system: You are a helpful assistant.
user:
Analyze the provided spectrum to determine if it is a **Carbon Star (C-type)**.

- **Key Visual Indicators of Carbon Star:**
    - **(Primary):** Strong molecular absorption from **C₂ (diatomic carbon) "Swan Bands."** This is the **defining feature** of a carbon star.
        - **(Key Bandheads):** Sharp absorption edges are visible at approximately $5635$ Å, $5165$ Å (the strongest band), and $4737$ Å.
        - **(Line Profile):** Creates a distinct **"saw-tooth"** pattern. The key morphology is a sharp, steep bandhead on the **red (long-wavelength) side**, which then gradually tapers off (i.e., flux recovers) towards the **blue (short-wavelength) side**. *(This is the direct opposite of the TiO bands seen in M-type stars)*.

    - **(Secondary):** Intense **CN (cyanogen)** molecular absorption bands.
        - **(Key Bandheads):** Located in the blue and violet regions of the spectrum (e.g., near $4215$ Å and $3883$ Å).
        - **(Morphology):** These bands are extremely broad and act as a "blanket," absorbing the vast majority of blue and violet light. This creates a characteristic **"cliff"** or **"steep drop-off"** in the spectrum's flux at short wavelengths.

    - **(Key Confirmation):** Strong **CH absorption band (G-band)**.
        - **(Key Bandhead):** Located around $4300$ Å. The contribution from CH molecules to this band is exceptionally strong.

    - **(Overall Spectrum):**
        - The continuum is severely "chopped up" by these deep molecular bands, especially C₂, rather than appearing as a smooth curve.
        - Due to the heavy CN and C₂ absorption in the blue-green, the vast majority of the star's flux is concentrated in the red part of the spectrum, giving the star its characteristic deep red color.

Think first, call **spectral_visualization_tool** if needed to examine features in detail, then provide your final answer. Your response must adhere to the following strict rules:
1.  **Overall Structure:** Your response must follow the format `<think>...</think> <tool_call>...</tool_call> (if a tool is used) <answer>...</answer>`.
2.  **Tool Usage Constraint:** You may only make **one** tool call per turn.
3.  **Final Answer Format:** In the `<answer>` tag, your conclusion must be inside a `\boxed{}` command (e.g., `\boxed{YES}`), followed by your justification.

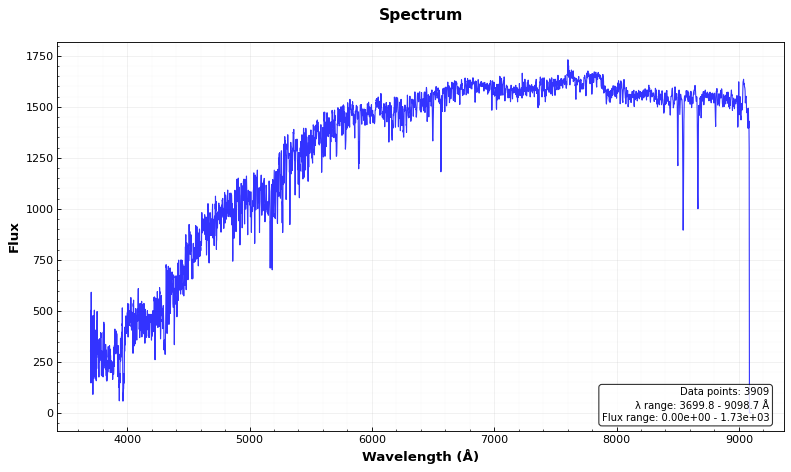
Answer: NO